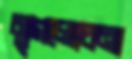
মৃগলোচনা